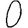
Digit: 0